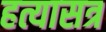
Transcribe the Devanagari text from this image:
हत्यासत्र